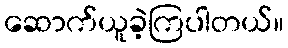
ဆောက်ယူခဲ့ကြပါတယ်။